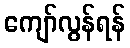
ကျော်လွန်ရန်